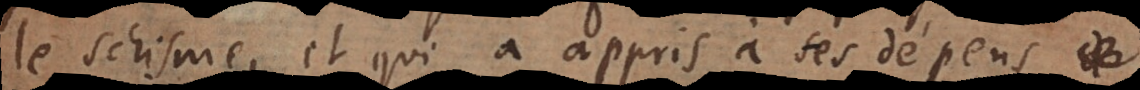
le schisme, et qui a appris à ses dépens